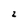
Character: 2